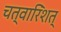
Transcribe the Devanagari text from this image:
चत्वारिंशत्